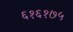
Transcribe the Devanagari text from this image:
६१६१७५